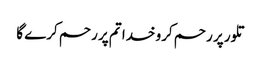
تلور پر رحم کرو خدا تم پر رحم کرے گا